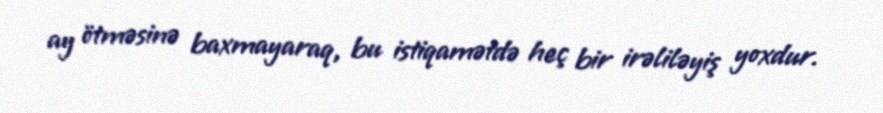
ay ötməsinə baxmayaraq, bu istiqamətdə heç bir irəliləyiş yoxdur.